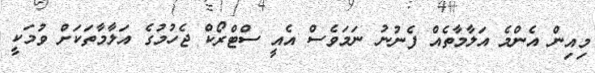
މިއިން އެންމެ އަލާމާތެއް ފެނުނު ނަމަވެސް އެއީ ސްޓްރޯކް ޖެހުމުގެ އަލާމާތަކަށް ވުމަކީ